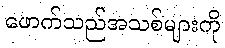
ဖောက်သည်အသစ်များကို